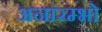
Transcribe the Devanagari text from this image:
अनारम्भो